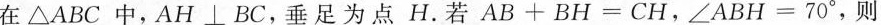
在\bigtriangleup 中,AH_⊥ BC,垂足 为点 H.若$$A B + B H = C H$$,$$∠ A B H = 70°$$,则